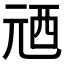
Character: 𠒓